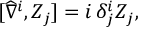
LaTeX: [ \widehat { \nabla } ^ { i } , Z _ { j } ] = i \, \delta _ { j } ^ { i } Z _ { j } ,